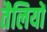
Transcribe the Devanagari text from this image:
तैलियों